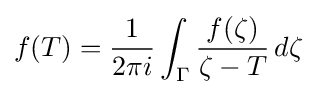
f(T)={\frac {1}{2\pi i}}\int _{\Gamma }{\frac {f(\zeta )}{\zeta -T}}\,d\zeta